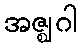
အဇ္ဈဂါ